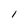
Character: l